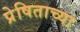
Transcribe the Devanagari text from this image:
प्रेषिताच्या